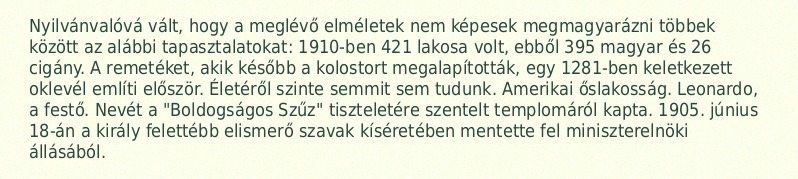
Nyilvánvalóvá vált, hogy a meglévő elméletek nem képesek megmagyarázni többek között az alábbi tapasztalatokat: 1910-ben 421 lakosa volt, ebből 395 magyar és 26 cigány. A remetéket, akik később a kolostort megalapították, egy 1281-ben keletkezett oklevél említi először. Életéről szinte semmit sem tudunk. Amerikai őslakosság. Leonardo, a festő. Nevét a "Boldogságos Szűz" tiszteletére szentelt templomáról kapta. 1905. június 18-án a király felettébb elismerő szavak kíséretében mentette fel miniszterelnöki állásából.